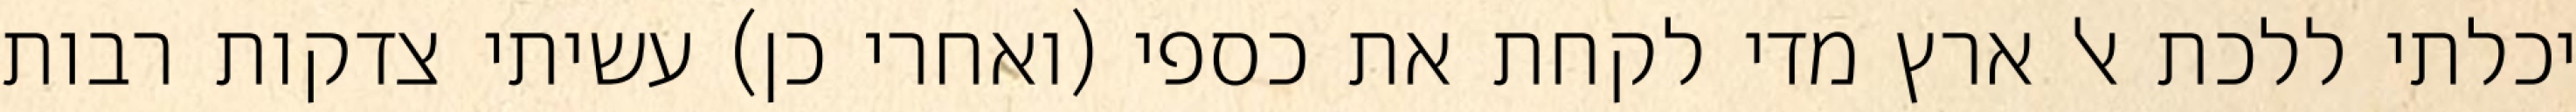
יכלתי ללכת אל ארץ מדי לקחת את כספי (ואחרי כן) עשיתי צדקות רבות